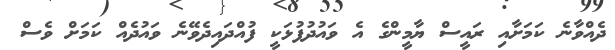
ދެއްވާނެ ކަމަށާއި ރައީސް ޔާމީންގެ އެ ވައުދުފުޅަކީ ފުއްދައިދެވޭނެ ވައުދެއް ކަމަށް ވެސް